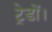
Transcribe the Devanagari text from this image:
ट्रेडों।